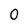
Character: 0